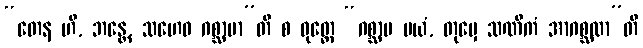
“တေန ဟိ, ဘန္တေ, သဟေဝ ဂစ္ဆာမာ”တိ စ ဝုတ္တေ “ဂစ္ဆာမ မယံ, တုမှေ သဏိကံ အာဂစ္ဆထာ”တိ